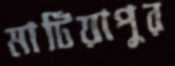
মাটিয়াপুর